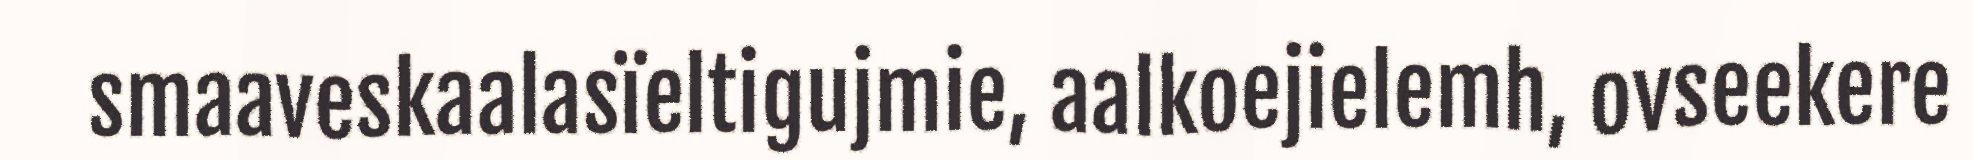
smaaveskaalasïeltigujmie, aalkoejielemh, ovseekere